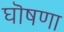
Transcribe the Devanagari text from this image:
घॊषणा